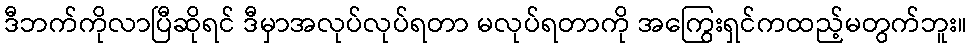
ဒီဘက်ကိုလာပြီဆိုရင် ဒီမှာအလုပ်လုပ်ရတာ မလုပ်ရတာကို အကြွေးရှင်ကထည့်မတွက်ဘူး။